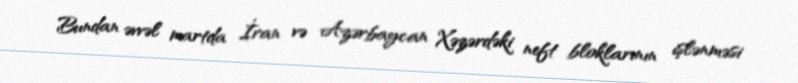
Bundan əvvəl martda İran və Azərbaycan Xəzərdəki neft bloklarının işlənməsi